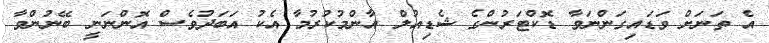
އެ ތަނަށް ވަޑައިގަންނަވާ ޑޮކްޓަރުންގެ ޝެޑިއުލް އާންމުކުރުމާ އެކު އަބަދުވެސް އޮންނަނީ ބޭނުންވާ